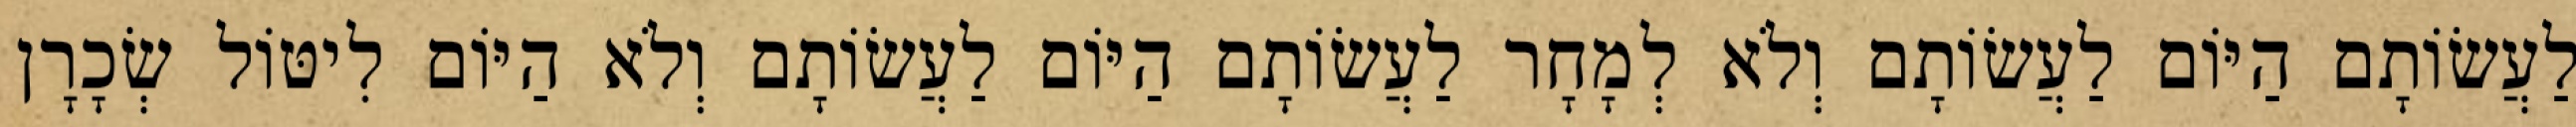
לַעֲשׂוֹתָם הַיּוֹם לַעֲשׂוֹתָם וְלֹא לְמָחָר לַעֲשׂוֹתָם הַיּוֹם לַעֲשׂוֹתָם וְלֹא הַיּוֹם לִיטּוֹל שְׂכָרָן